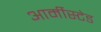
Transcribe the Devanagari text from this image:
आर्मीस्टेड